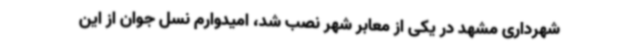
شهرداری مشهد در یکی از معابر شهر نصب شد، امیدوارم نسل جوان از این